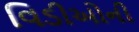
વિડીઓની